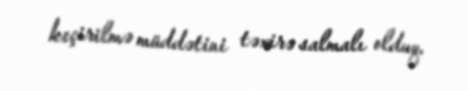
keçirilmə müddətini təxirə salmalı olduq.